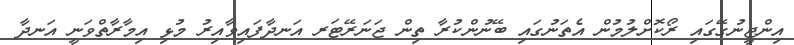
އިންޖީނުގޭގައި ރޯކޮށްލުމުން އެތަނުގައި ބޭނުންކުރާ ތިން ޖަނަރޭޓަރ އަނދާފައިވާއިރު މުޅި އިމާރާތްވަނީ އަނދާ